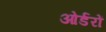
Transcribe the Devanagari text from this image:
ओर्डरों